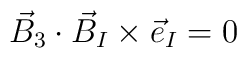
{\vec B}_3\cdot {\vec B}_I \times {\vec e}_I=0